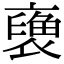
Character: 𧜪